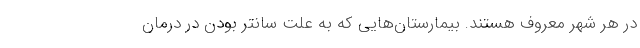
در هر شهر معروف هستند. بیمارستان‌هایی که به علت سانتر بودن در درمان